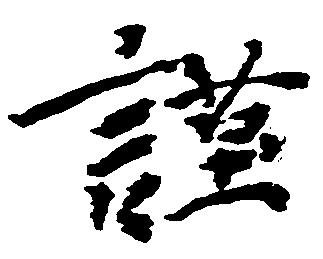
謹